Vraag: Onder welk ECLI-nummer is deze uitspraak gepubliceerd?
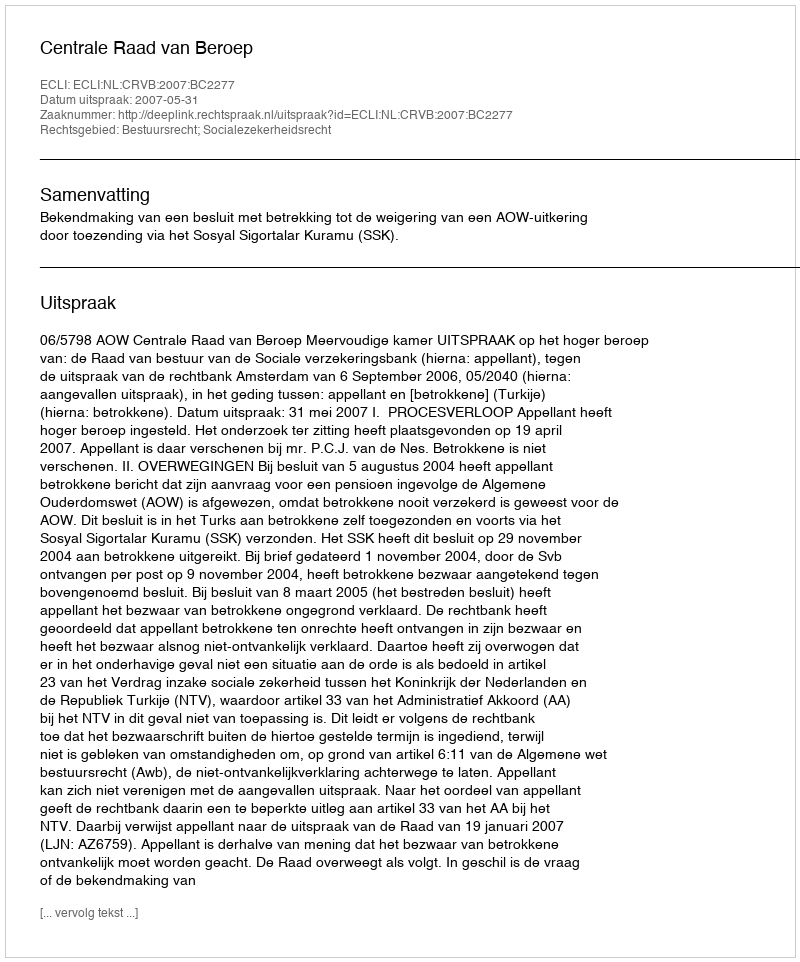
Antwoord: ECLI:NL:CRVB:2007:BC2277